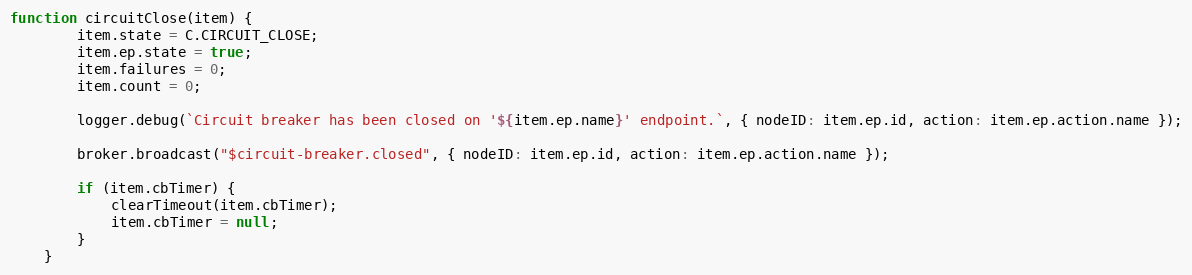
Language: JavaScript
function circuitClose(item) {
		item.state = C.CIRCUIT_CLOSE;
		item.ep.state = true;
		item.failures = 0;
		item.count = 0;

		logger.debug(`Circuit breaker has been closed on '${item.ep.name}' endpoint.`, { nodeID: item.ep.id, action: item.ep.action.name });

		broker.broadcast("$circuit-breaker.closed", { nodeID: item.ep.id, action: item.ep.action.name });

		if (item.cbTimer) {
			clearTimeout(item.cbTimer);
			item.cbTimer = null;
		}
	}